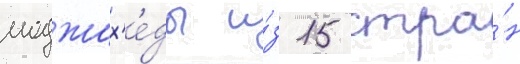
моджах'е́ды и́з 15 стра́н